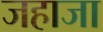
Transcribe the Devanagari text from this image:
जहाजा